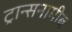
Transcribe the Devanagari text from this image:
ट्रान्सनामीब